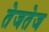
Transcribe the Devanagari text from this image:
तेजतेज